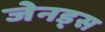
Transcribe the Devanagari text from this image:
जेनड्स